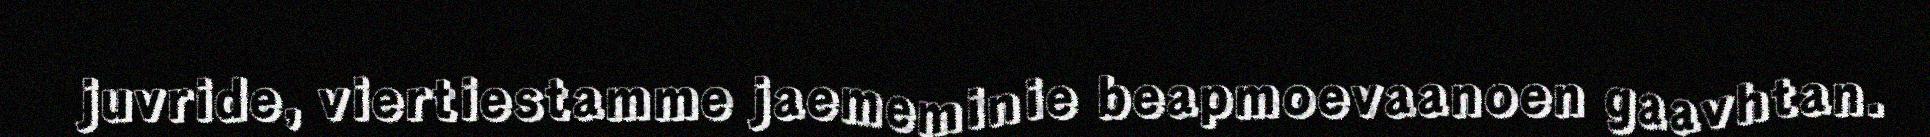
juvride, viertiestamme jaememinie beapmoevaanoen gaavhtan.